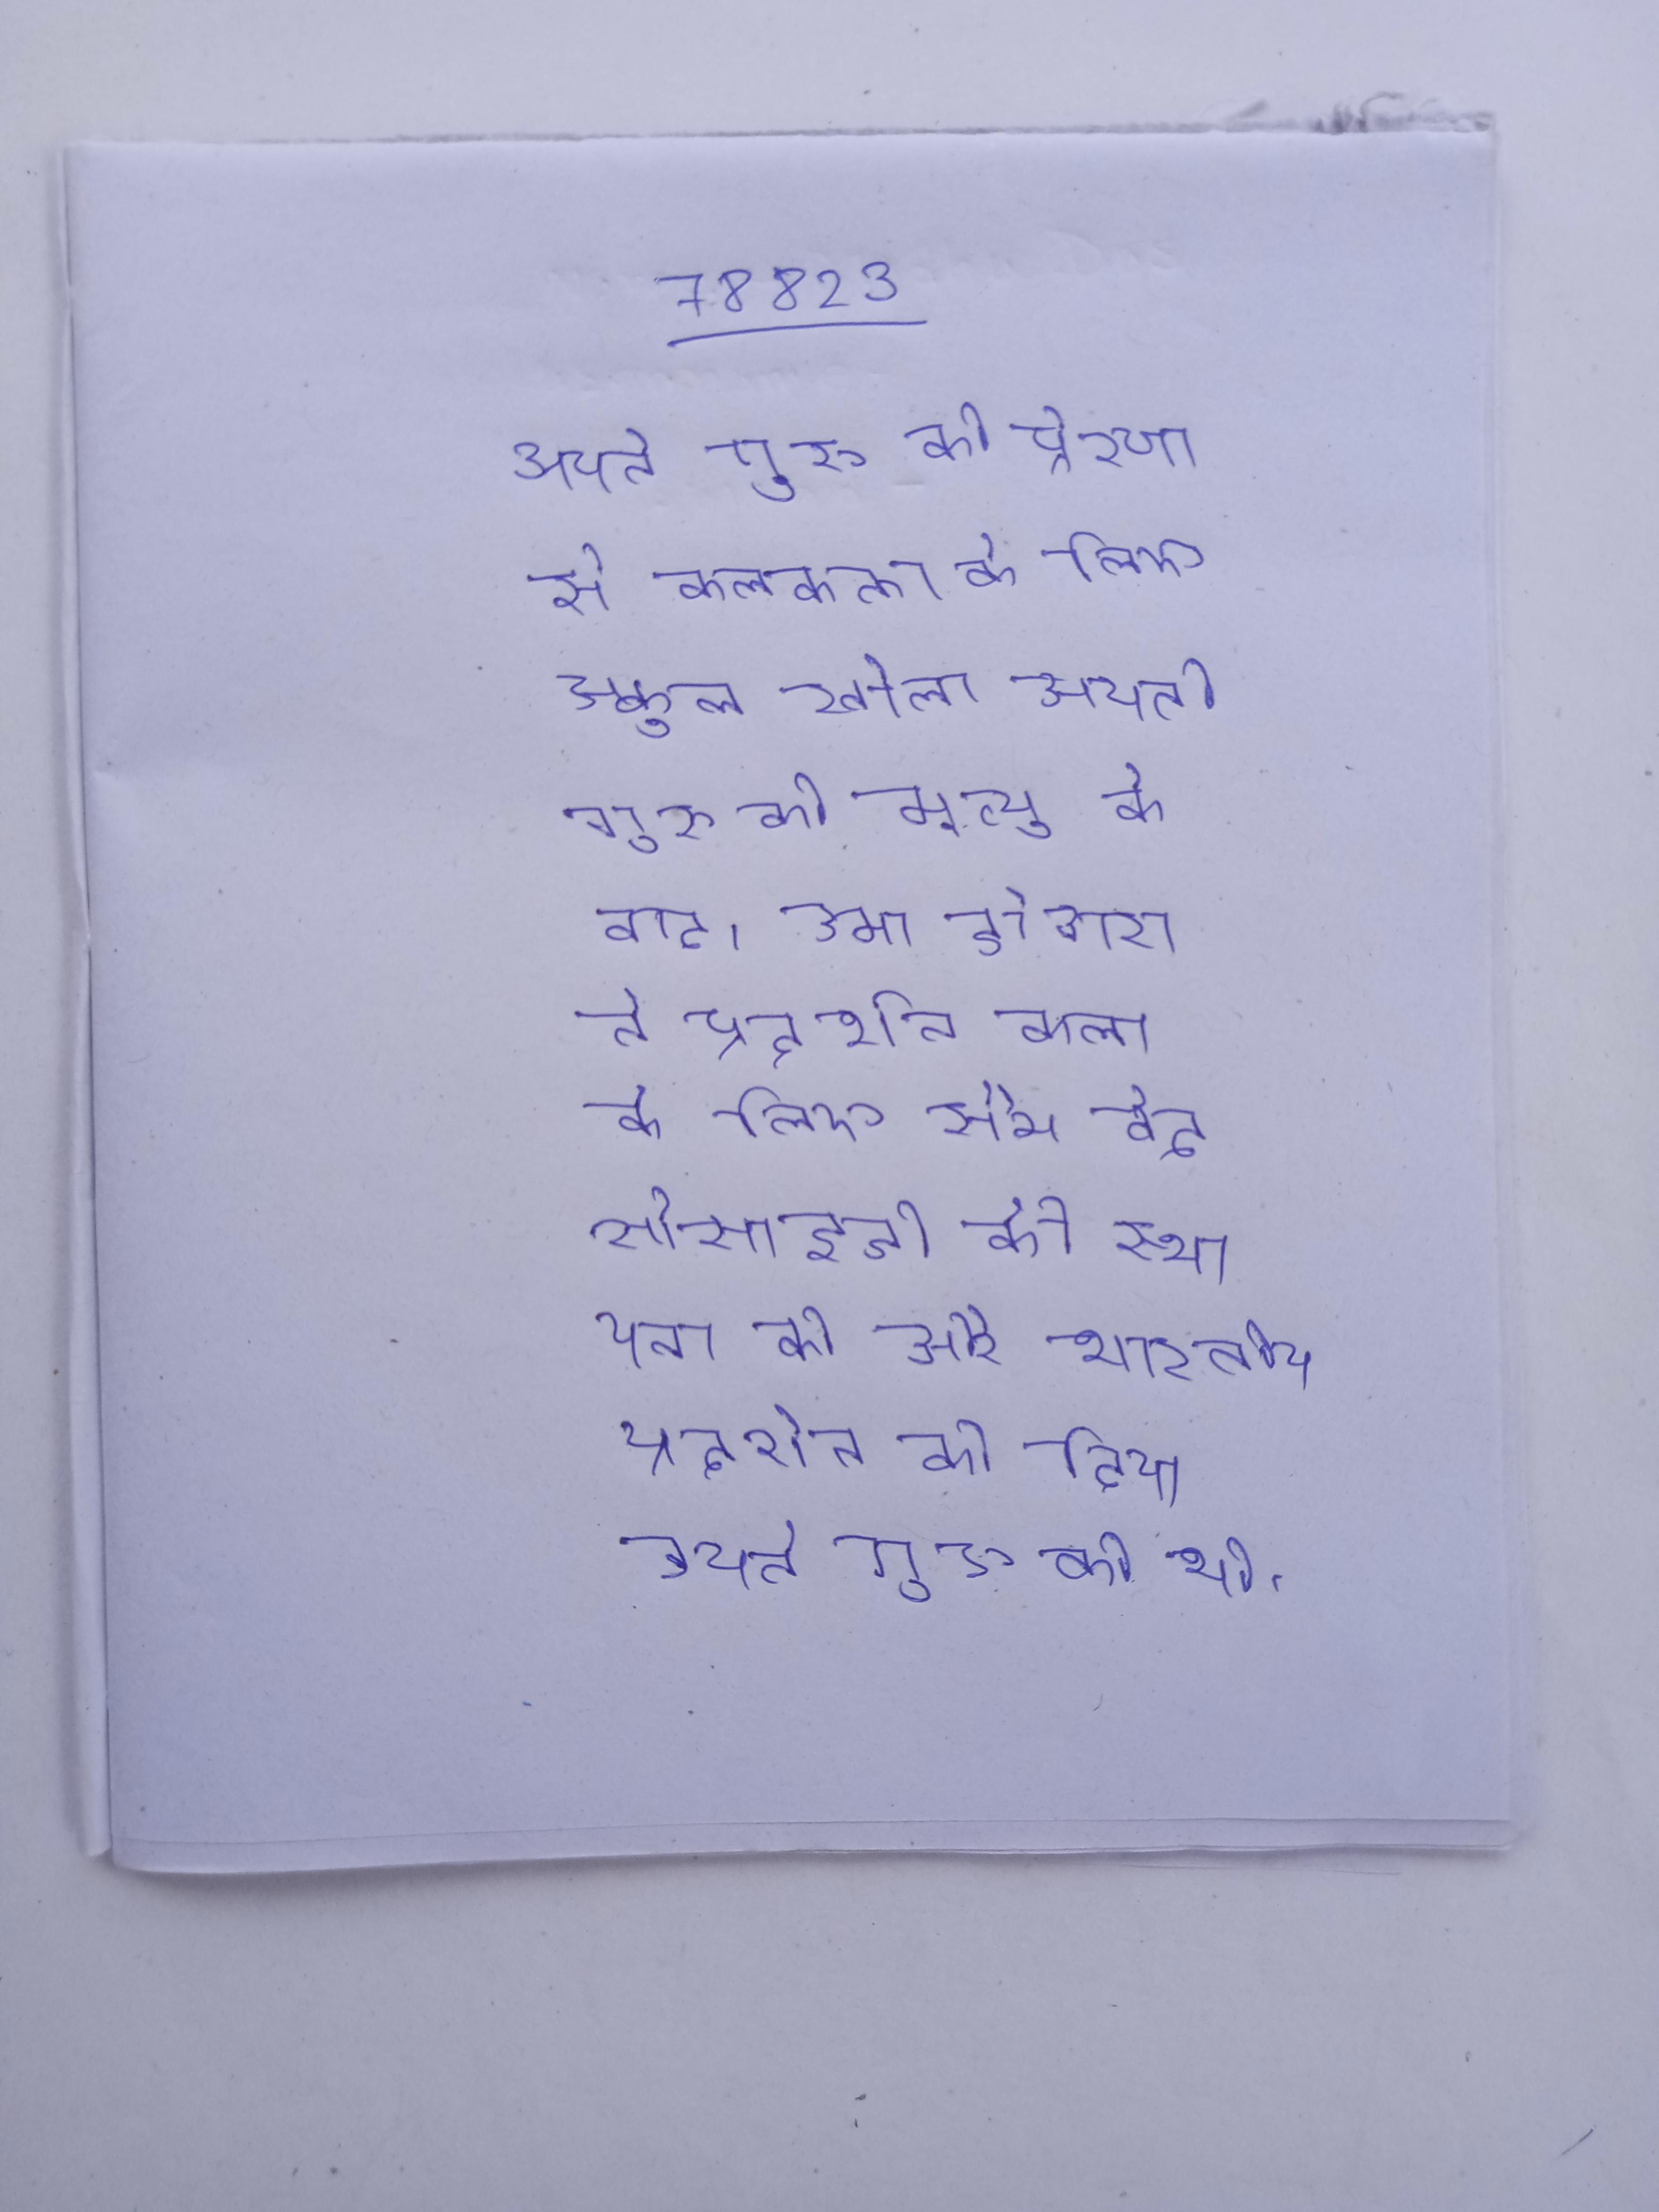
अपने गुरु की प्रेरणा से कलकत्ता के लिए स्कूल खोला । अपने गुरु की मृत्यु के बाद, उमा डोगरा ने प्रदर्शन कला के लिए सैम वेद सोसाइटी की स्थापना की और भारतीय प्रदर्शन को दिया । अपने गुरु को भी ।